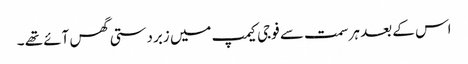
اس کے بعد ہر سمت سے فوجی کیمپ میں زبردستی گھس آئے تھے ۔